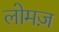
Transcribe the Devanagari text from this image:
लोमज़